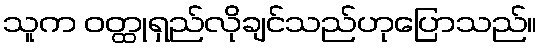
သူက ဝတ္ထုရှည်လိုချင်သည်ဟုပြောသည်။